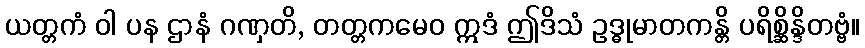
ယတ္တကံ ဝါ ပန ဌာနံ ဂဏှတိ, တတ္တကမေဝ ဣဒံ ဤဒိသံ ဥဒ္ဓုမာတကန္တိ ပရိစ္ဆိန္ဒိတဗ္ဗံ။